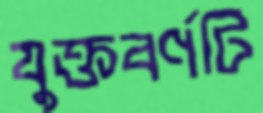
যুক্তবর্ণটি